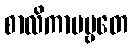
စာလိကာပဗ္ဗတေ